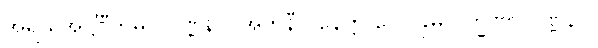
အရိယအဋ္ဌင်္ဂီကမဂ္ဂ ဝဏ္ဏနာ။ အဘိနီလနေတ္တ ဂေါပခုမလက္ခဏာ ဝဏ္ဏနာ။